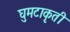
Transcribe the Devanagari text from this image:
घुमटाकृती